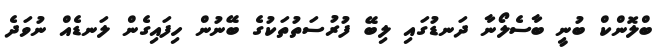
ބްލޮންކް ބުނީ ބާސެލޯނާ ދަނޑުގައި ލިބޭ ފުރުސަތުތަކުގެ ބޭނުން ހިފައިގެން ލަނޑެއް ނުވަދެ